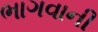
ભાગવાની